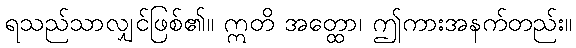
ရသည်သာလျှင်ဖြစ်၏။ ဣတိ အတ္ထော၊ ဤကားအနက်တည်း။